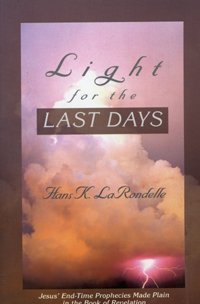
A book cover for Light for the Last Days: Jesus' Endtime Prophecies Made Plain in the Book of Revelation; Hans K. Larondelle; Christian Books & Bibles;